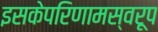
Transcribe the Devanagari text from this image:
इसकेपरिणामस्वरूप